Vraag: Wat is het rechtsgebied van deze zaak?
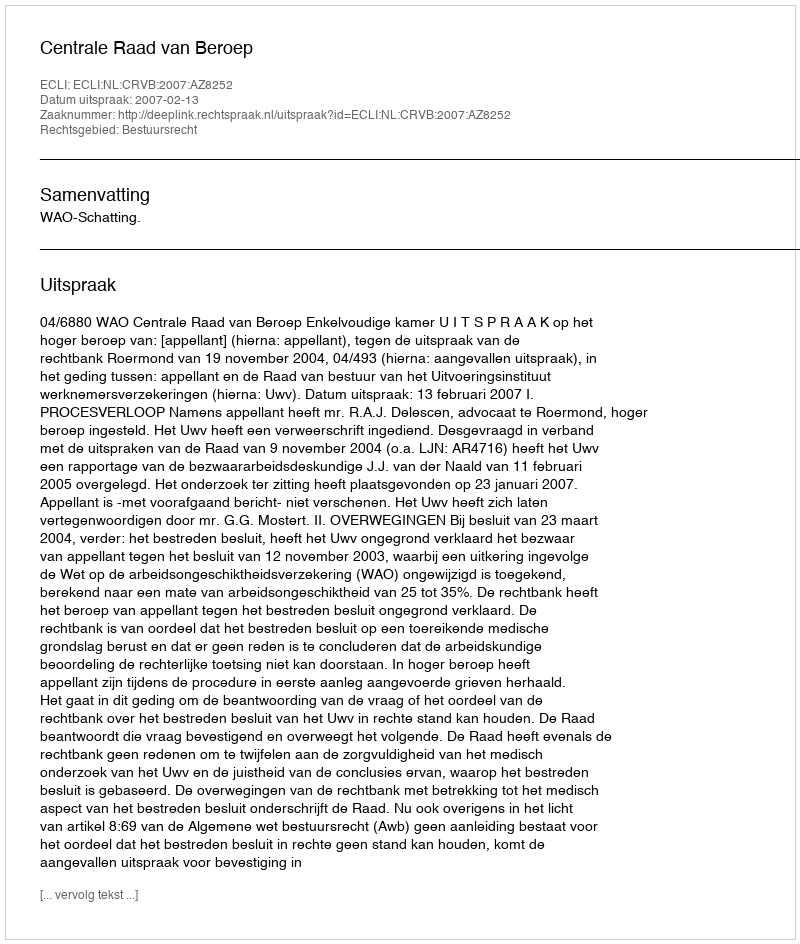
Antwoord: Bestuursrecht